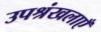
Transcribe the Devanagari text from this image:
उपश्रंखलाएँ